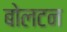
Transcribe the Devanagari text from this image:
बोलटन